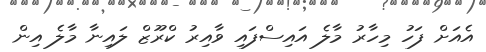
އެއަށް ފަހު މިހާރު މާލެ އައިސްފައި ވާއިރު ކްރޫޒް ލައިނާ މާލެ އިން